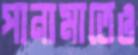
পানামাতেও